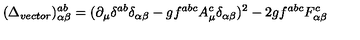
( \Delta _ { v e c t o r } ) _ { \alpha \beta } ^ { a b } = ( \partial _ { \mu } \delta ^ { a b } \delta _ { \alpha \beta } - g f ^ { a b c } A _ { \mu } ^ { c } \delta _ { \alpha \beta } ) ^ { 2 } - 2 g f ^ { a b c } F _ { \alpha \beta } ^ { c }